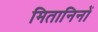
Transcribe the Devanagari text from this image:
मितानिनों